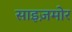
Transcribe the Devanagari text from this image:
साइज़मोर